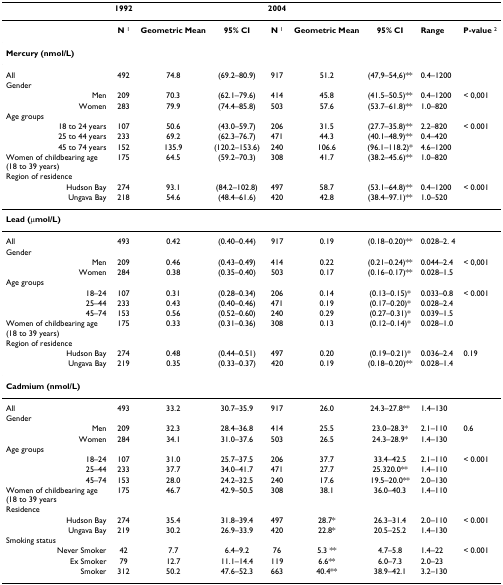
<table><thead><tr><td></td><td><b>1992</b></td><td></td><td></td><td><b>2004</b></td><td></td><td></td><td></td><td></td></tr></thead><tbody><tr><td></td><td><b>N </b><sup>1</sup></td><td><b>Geometric Mean</b></td><td><b>95% CI</b></td><td><b>N </b><sup>1</sup></td><td><b>Geometric Mean</b></td><td><b>95% CI</b></td><td><b>Range</b></td><td><b>P-value </b><sup>2</sup></td></tr><tr><td colspan="9"><b>Mercury (nmol/L)</b></td></tr><tr><td>All</td><td>492</td><td>74.8</td><td>(69.2–80.9)</td><td>917</td><td>51.2</td><td>(47,9–54,6)**</td><td>0.4–1200</td><td></td></tr><tr><td>Gender</td><td></td><td></td><td></td><td></td><td></td><td></td><td></td><td></td></tr><tr><td>Men</td><td>209</td><td>70.3</td><td>(62.1–79.6)</td><td>414</td><td>45.8</td><td>(41.5–50.5)**</td><td>0.4–1200</td><td>&lt; 0,001</td></tr><tr><td>Women</td><td>283</td><td>79.9</td><td>(74.4–85.8)</td><td>503</td><td>57.6</td><td>(53.7–61.8)**</td><td>1.0–820</td><td></td></tr><tr><td>Age groups</td><td></td><td></td><td></td><td></td><td></td><td></td><td></td><td></td></tr><tr><td>18 to 24 years</td><td>107</td><td>50.6</td><td>(43.0–59.7)</td><td>206</td><td>31.5</td><td>(27.7–35.8)**</td><td>2.2–820</td><td>&lt; 0.001</td></tr><tr><td>25 to 44 years</td><td>233</td><td>69.2</td><td>(62.3–76.7)</td><td>471</td><td>44.3</td><td>(40.1–48.9)**</td><td>0.4–420</td><td></td></tr><tr><td>45 to 74 years</td><td>152</td><td>135.9</td><td>(120.2–153.6)</td><td>240</td><td>106.6</td><td>(96.1–118.2)*</td><td>4.6–1200</td><td></td></tr><tr><td>Women of childbearing age (18 to 39 years)</td><td>175</td><td>64.5</td><td>(59.2–70.3)</td><td>308</td><td>41.7</td><td>(38.2–45.6)**</td><td>1.0–820</td><td></td></tr><tr><td>Region of residence</td><td></td><td></td><td></td><td></td><td></td><td></td><td></td><td></td></tr><tr><td>Hudson Bay</td><td>274</td><td>93.1</td><td>(84.2–102.8)</td><td>497</td><td>58.7</td><td>(53.1–64.8)**</td><td>0.4–1200</td><td>&lt; 0.001</td></tr><tr><td>Ungava Bay</td><td>218</td><td>54.6</td><td>(48.4–61.6)</td><td>420</td><td>42.8</td><td>(38.4–97.1)**</td><td>1.0–520</td><td></td></tr><tr><td colspan="9"><b>Lead (μmol/L)</b></td></tr><tr><td>All</td><td>493</td><td>0.42</td><td>(0.40–0.44)</td><td>917</td><td>0.19</td><td>(0.18–0.20)**</td><td>0.028–2. 4</td><td></td></tr><tr><td>Gender</td><td></td><td></td><td></td><td></td><td></td><td></td><td></td><td></td></tr><tr><td>Men</td><td>209</td><td>0.46</td><td>(0.43–0.49)</td><td>414</td><td>0.22</td><td>(0.21–0.24)**</td><td>0.044–2.4</td><td>&lt; 0,001</td></tr><tr><td>Women</td><td>284</td><td>0.38</td><td>(0.35–0.40)</td><td>503</td><td>0.17</td><td>(0.16–0.17)**</td><td>0.028–1.5</td><td></td></tr><tr><td>Age groups</td><td></td><td></td><td></td><td></td><td></td><td></td><td></td><td></td></tr><tr><td>18–24</td><td>107</td><td>0.31</td><td>(0.28–0.34)</td><td>206</td><td>0.14</td><td>(0.13–0.15)*</td><td>0.033–0.8</td><td>&lt; 0.001</td></tr><tr><td>25–44</td><td>233</td><td>0.43</td><td>(0.40–0.46)</td><td>471</td><td>0.19</td><td>(0.17–0.20)*</td><td>0.028–2.4</td><td></td></tr><tr><td>45–74</td><td>153</td><td>0.56</td><td>(0.52–0.60)</td><td>240</td><td>0.29</td><td>(0.27–0.31)*</td><td>0.039–1.5</td><td></td></tr><tr><td>Women of childbearing age (18 to 39 years)</td><td>175</td><td>0.33</td><td>(0.31–0.36)</td><td>308</td><td>0.13</td><td>(0.12–0.14)*</td><td>0.028–1.0</td><td></td></tr><tr><td>Region of residence</td><td></td><td></td><td></td><td></td><td></td><td></td><td></td><td></td></tr><tr><td>Hudson Bay</td><td>274</td><td>0.48</td><td>(0.44–0.51)</td><td>497</td><td>0.20</td><td>(0.19–0.21)*</td><td>0.036–2.4</td><td>0.19</td></tr><tr><td>Ungava Bay</td><td>219</td><td>0.35</td><td>(0.33–0.37)</td><td>420</td><td>0.19</td><td>(0.18–0.20)**</td><td>0.028–1.4</td><td></td></tr><tr><td colspan="9"><b>Cadmium (nmol/L)</b></td></tr><tr><td>All</td><td>493</td><td>33.2</td><td>30.7–35.9</td><td>917</td><td>26.0</td><td>24.3–27.8**</td><td>1.4–130</td><td></td></tr><tr><td>Gender</td><td></td><td></td><td></td><td></td><td></td><td></td><td></td><td></td></tr><tr><td>Men</td><td>209</td><td>32.3</td><td>28.4–36.8</td><td>414</td><td>25.5</td><td>23.0–28.3*</td><td>2.1–110</td><td>0.6</td></tr><tr><td>Women</td><td>284</td><td>34.1</td><td>31.0–37.6</td><td>503</td><td>26.5</td><td>24.3–28.9*</td><td>1.4–130</td><td></td></tr><tr><td>Age groups</td><td></td><td></td><td></td><td></td><td></td><td></td><td></td><td></td></tr><tr><td>18–24</td><td>107</td><td>31.0</td><td>25.7–37.5</td><td>206</td><td>37.7</td><td>33.4–42.5</td><td>2.1–110</td><td>&lt; 0.001</td></tr><tr><td>25–44</td><td>233</td><td>37.7</td><td>34.0–41.7</td><td>471</td><td>27.7</td><td>25.320.0**</td><td>1.4–110</td><td></td></tr><tr><td>45–74</td><td>153</td><td>28.0</td><td>24.2–32.5</td><td>240</td><td>17.6</td><td>19.5–20.0**</td><td>2.0–130</td><td></td></tr><tr><td>Women of childbearing age (18 to 39 years</td><td>175</td><td>46.7</td><td>42.9–50.5</td><td>308</td><td>38.1</td><td>36.0–40.3</td><td>1.4–110</td><td></td></tr><tr><td>Residence</td><td></td><td></td><td></td><td></td><td></td><td></td><td></td><td></td></tr><tr><td>Hudson Bay</td><td>274</td><td>35.4</td><td>31.8–39.4</td><td>497</td><td>28.7*</td><td>26.3–31.4</td><td>2.0–110</td><td>&lt; 0.001</td></tr><tr><td>Ungava Bay</td><td>219</td><td>30.2</td><td>26.9–33.9</td><td>420</td><td>22.8*</td><td>20.5–25.2</td><td>1.4–130</td><td></td></tr><tr><td>Smoking status</td><td></td><td></td><td></td><td></td><td></td><td></td><td></td><td></td></tr><tr><td>Never Smoker</td><td>42</td><td>7.7</td><td>6.4–9.2</td><td>76</td><td>5.3 **</td><td>4.7–5.8</td><td>1.4–22</td><td>&lt; 0.001</td></tr><tr><td>Ex Smoker</td><td>79</td><td>12.7</td><td>11.1–14.4</td><td>119</td><td>6.6**</td><td>6.0–7.3</td><td>2.0–23</td><td></td></tr><tr><td>Smoker</td><td>312</td><td>50.2</td><td>47.6–52.3</td><td>663</td><td>40.4**</td><td>38.9–42.1</td><td>3.2–130</td><td></td></tr></tbody></table>